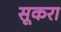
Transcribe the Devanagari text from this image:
सूकरा